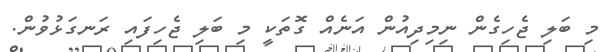
މި ބަލި ޖެހިގެން ނިމިދިއުން އަނެއް ގޮތަކީ މި ބަލި ޖެހިފައި ރަނގަޅުވުން.